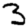
Digit: 3